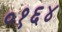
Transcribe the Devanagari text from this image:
०१६४